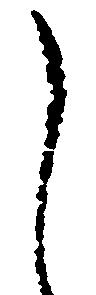
し